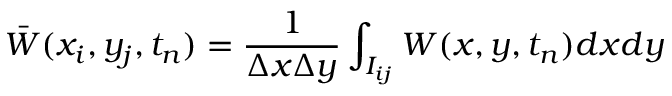
\Bar W ( x _ { i } , y _ { j } , t _ { n } ) = \frac { 1 } { \Delta x \Delta y } \int _ { I _ { i j } } W ( x , y , t _ { n } ) d x d y